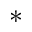
*